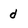
Character: d